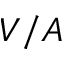
V / A